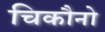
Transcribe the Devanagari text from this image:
चिकौनो